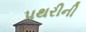
પથરીની